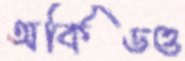
অর্কিডও